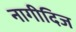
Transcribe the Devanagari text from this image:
नागीदिज